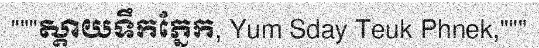
"""ស្តាយទឹកភ្នែក, Yum Sday Teuk Phnek,"""